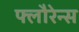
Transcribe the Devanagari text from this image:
फ्लौरेन्स